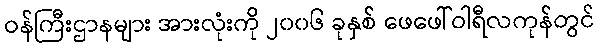
ဝန်ကြီးဌာနများ အားလုံးကို ၂၀၀၆ ခုနှစ် ဖေဖေါ်ဝါရီလကုန်တွင်